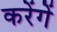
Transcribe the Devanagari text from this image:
करेंगेें